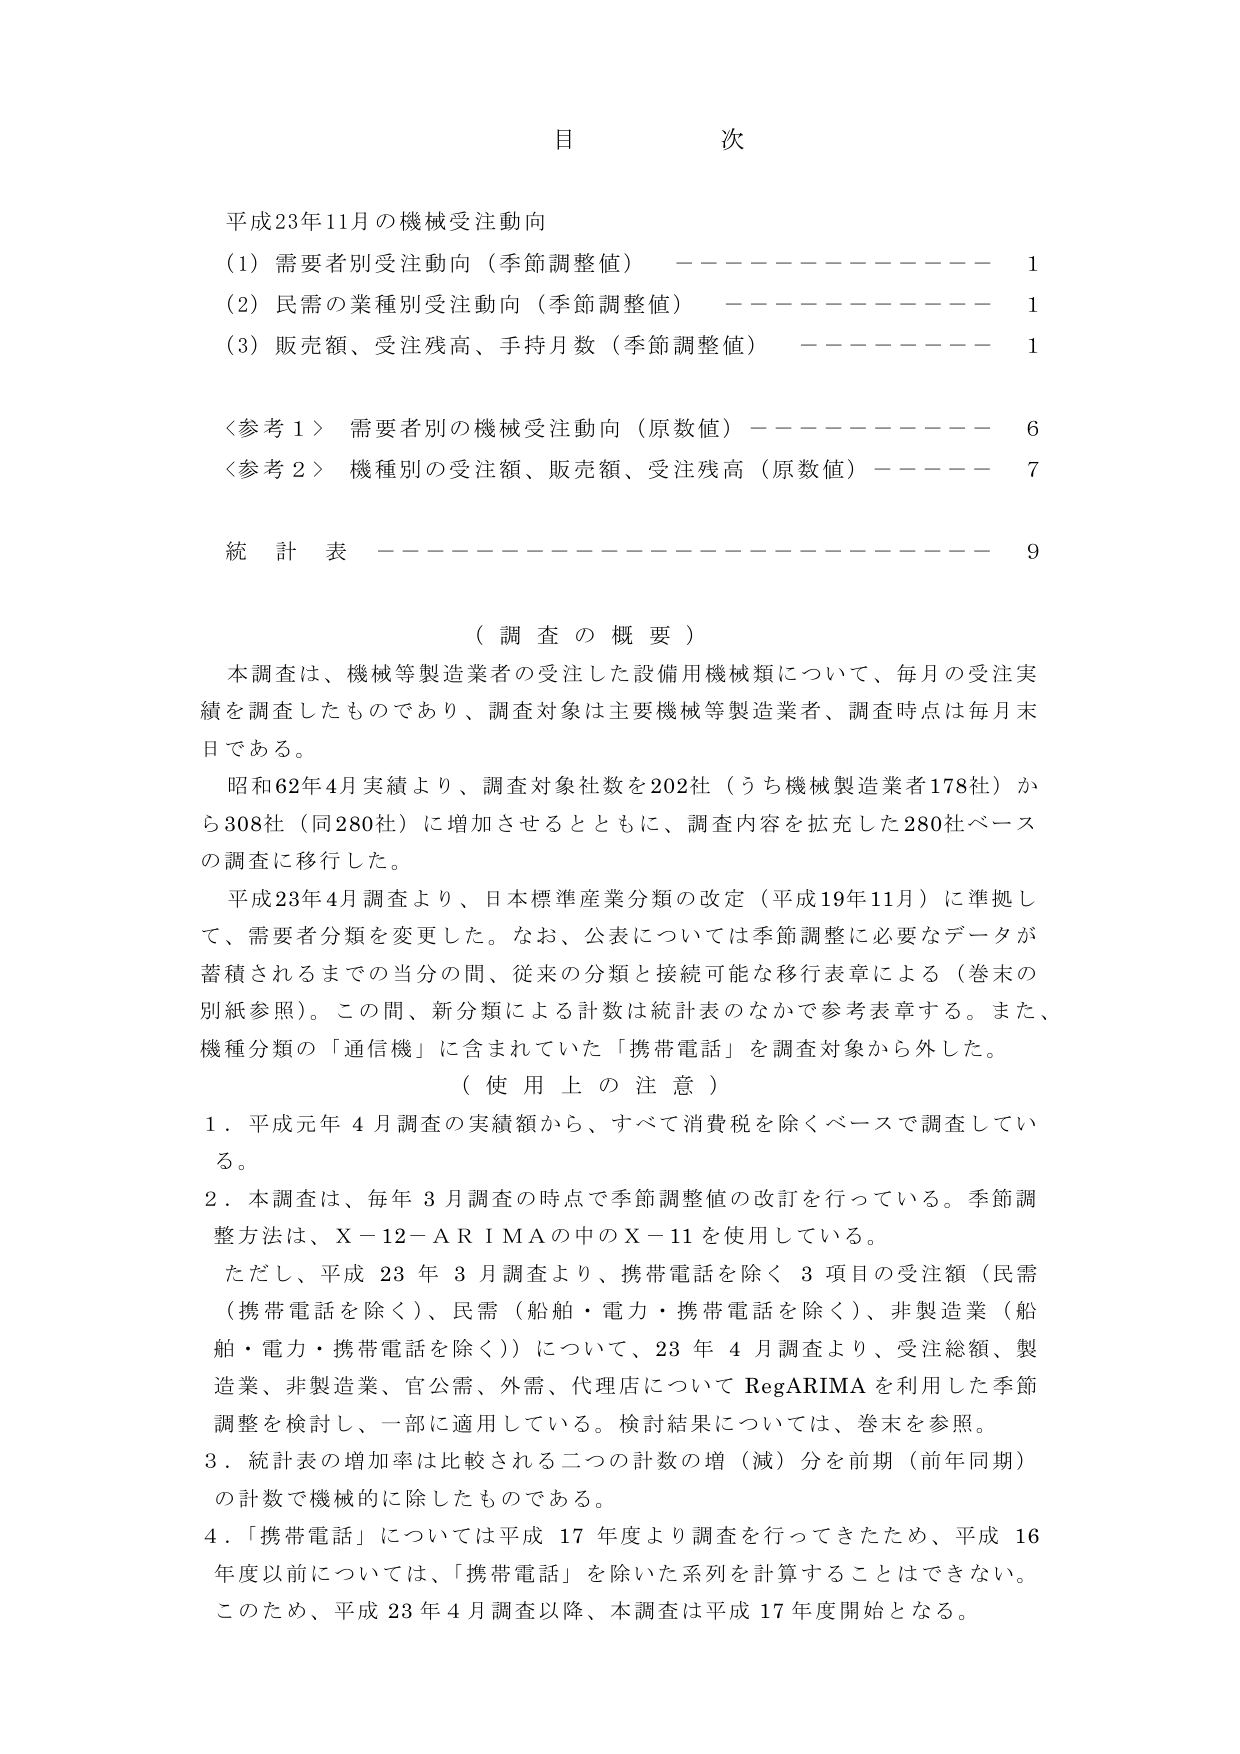
目 次

平成23年11月の機械受注動向
（1）需要者別受注動向（季節調整値） ———————— 1
（2）民需の業種別受注動向（季節調整値） ———————— 1
（3）販売額、受注残高、手持月数（季節調整値） ———————— 1

＜参考１＞ 需要者別の機械受注動向（原数値） ———————— 6
＜参考２＞ 機種別の受注額、販売額、受注残高（原数値） ———————— 7

統 計 表 ———————————————————— 9

（調査の概要）
本調査は、機械等製造業者の受注した設備用機械類について、毎月の受注実績を調査したものであり、調査対象は主要機械等製造業者、調査時点は毎月末日である。
昭和62年4月実績より、調査対象社数を202社（うち機械製造業者178社）から308社（同280社）に増加させるとともに、調査内容を拡充した280社ベースの調査に移行した。
平成23年4月調査より、日本標準産業分類の改定（平成19年11月）に準拠して、需要者分類を変更した。なお、公表については季節調整に必要なデータが蓄積されるまでの当分の間、従来の分類と接続可能な移行表章による（巻末の別紙参照）。この間、新分類による計数は統計表のなかで参考表章する。また、機種分類の「通信機」に含まれていた「携帯電話」を調査対象から外した。

（使用上の注意）
1．平成元年4月調査の実績額から、すべて消費税を除くベースで調査している。
2．本調査は、毎年3月調査の時点で季節調整値の改訂を行っている。季節調整方法は、X-12-ARIMAの中のX-11を使用している。
ただし、平成23年3月調査より、携帯電話を除く3項目の受注額（民需（携帯電話を除く）、民需（船舶・電力・携帯電話を除く）、非製造業（船舶・電力・携帯電話を除く））について、23年4月調査より、受注総額、製造業、非製造業、官公需、外需、代理店についてRegARIMAを利用した季節調整を検討し、一部に適用している。検討結果については、巻末を参照。
3．統計表の増加率は比較される二つの計数の増（減）分を前期（前年同期）の計数で機械的に除したものである。
4．「携帯電話」については平成17年度より調査を行ってきたため、平成16年度以前については、「携帯電話」を除いた系列を計算することはできない。このため、平成23年4月調査以降、本調査は平成17年度開始となる。